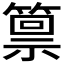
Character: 𫂛